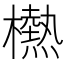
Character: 𱤮